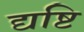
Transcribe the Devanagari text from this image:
द्यष्टि